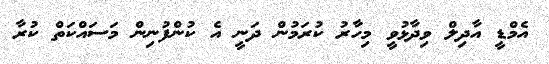
އެމްޑީ އާދިލް ވިދާޅުވީ މިހާރު ކުރަމުން ދަނީ އެ ކުންފުނިން މަސައްކަތް ކުރާ